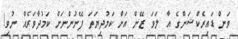
ވަން ޑައިރެކްޝަންގެ އާ ލަވަ ޒޭން އަށް ކަމުދިޔަތަ ފޭނުންނަށް ކަމުދާވަރެއް ނުވި!